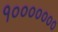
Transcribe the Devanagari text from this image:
१०००००००